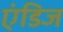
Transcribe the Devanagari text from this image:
एंडिज